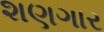
શણગાર